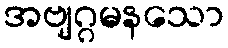
အဗျဂ္ဂမနသော